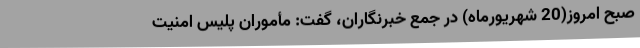
صبح امروز(20 شهریورماه) در جمع خبرنگاران، گفت: مأموران پلیس امنیت